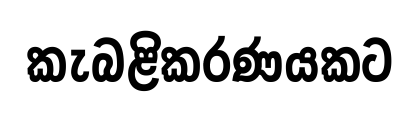
කැබළිකරණයකට